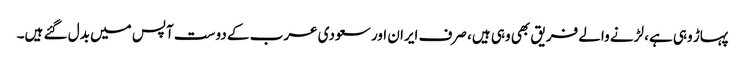
پہاڑ وہی ہے، لڑنے والے فریق بھی وہی ہیں، صرف ایران اور سعودی عرب کے دوست آپس میں بدل گئے ہیں۔